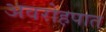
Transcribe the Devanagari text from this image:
अवरोहपात